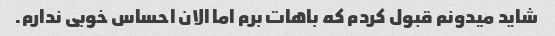
شاید میدونم قبول کردم که باهات برم اما الان احساس خوبی ندارم.